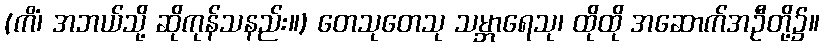
(ကိံ၊ အဘယ်သို့ ဆိုကုန်သနည်း။) တေသုတေသု သမ္ဘာရေသု၊ ထိုထို အဆောက်အဦတို့၌။